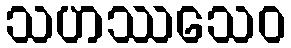
သဟဿသေဝ